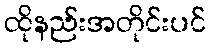
ထိုနည်းအတိုင်းပင်